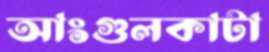
আংগুলকাটা